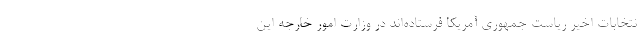
نتخابات اخیر ریاست جمهوری آمریکا فرستاده‌اند در وزارت امور خارجه این